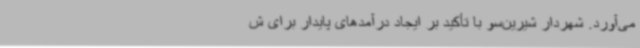
می‌آورد. شهردار شیرین‌سو با تأکید بر ایجاد درآمدهای پایدار برای ش